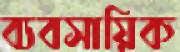
ব্যবসায়িক